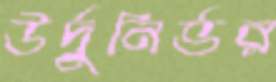
উর্দুনির্ভর